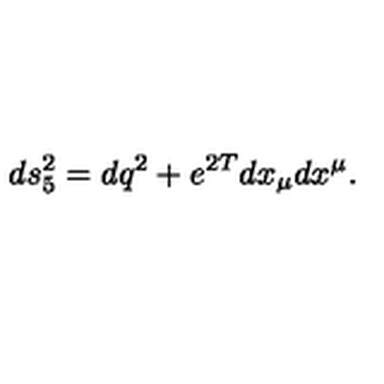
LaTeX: d s _ { 5 } ^ { 2 } = d q ^ { 2 } + e ^ { 2 T } d x _ { \mu } d x ^ { \mu } .